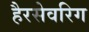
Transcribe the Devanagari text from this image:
हैरसेवरिग